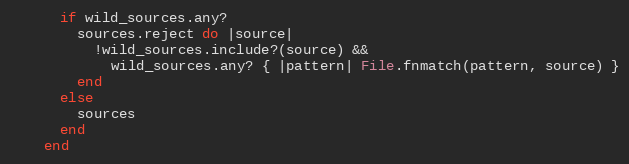
Language: Ruby
      if wild_sources.any?
        sources.reject do |source|
          !wild_sources.include?(source) &&
            wild_sources.any? { |pattern| File.fnmatch(pattern, source) }
        end
      else
        sources
      end
    end